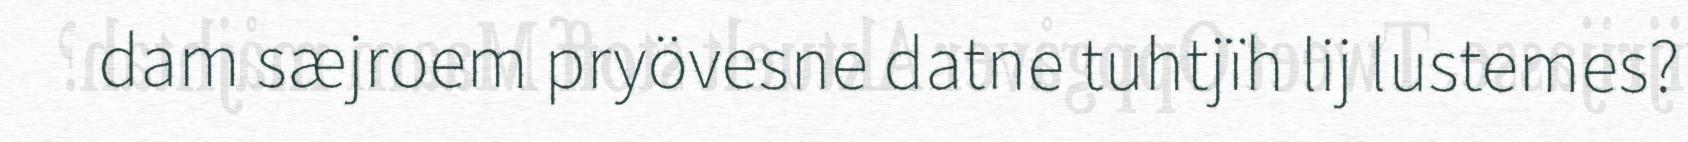
dam sæjroem pryövesne datne tuhtjïh lij lustemes?